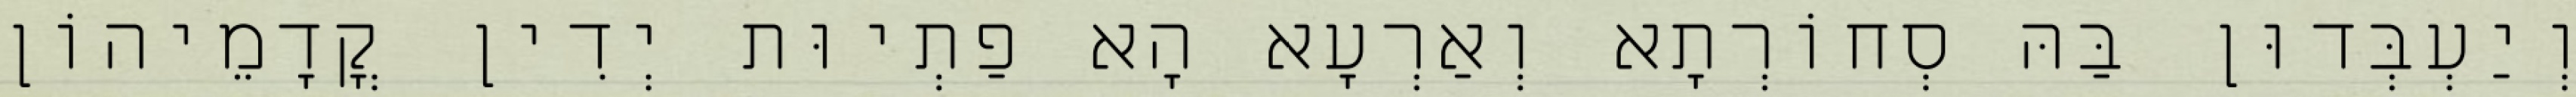
וְיַעְבְּדוּן בַּהּ סְחוֹרְתָא וְאַרְעָא הָא פַתְיוּת יְדִין קֳדָמֵיהוֹן